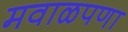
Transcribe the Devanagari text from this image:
मवाळपणा